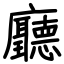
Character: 廳